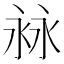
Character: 𣴏